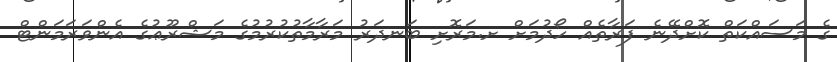
ގެ މަސައްކަތް ކޮށްދޭނެ ފަރާތެއް ހޯދުމަށް ށ.މަރޮށި ބަނދަރު މަރާމާތުކުރުމުގެ މަޝްރޫޢުގެ އެންވަރަމަންޓް